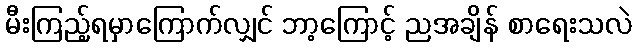
မီးကြည့်ရမှာကြောက်လျှင် ဘာ့ကြောင့် ညအချိန် စာရေးသလဲ